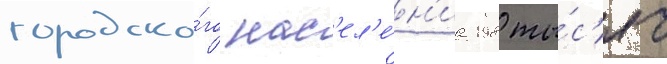
городско́го нас'ел'е́н'иа 198 ты́с'яч